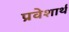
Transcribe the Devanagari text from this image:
प्रवेशार्थ